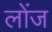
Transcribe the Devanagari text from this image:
लोंज